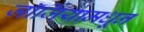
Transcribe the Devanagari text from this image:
जॉर्जियामधून